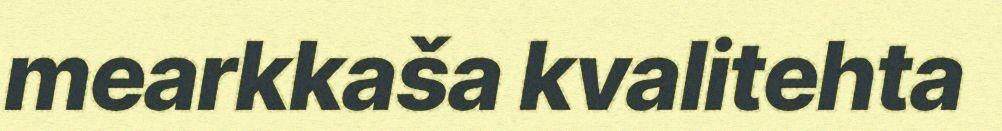
mearkkaša kvalitehta